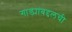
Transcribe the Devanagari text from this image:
गाड्यांबद्दलची